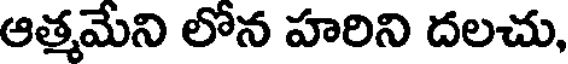
ఆత్మమేని లోన హరిని దలచు,